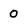
Character: 0